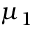
\mu _ { 1 }